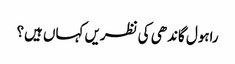
راہول گاندھی کی نظریں کہاں ہیں؟